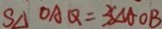
S \Delta O A Q = 3 S \Delta A O B